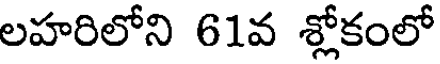
లహరిలోని 61వ శ్లోకంలో